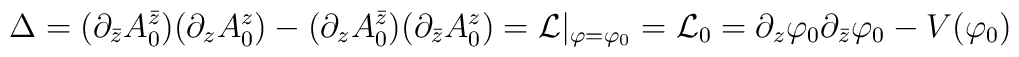
\Delta=(\partial_{\bar{z}}A_0^{\bar{z}})(\partial_zA_0^z)-(\partial_zA_0^{\bar{z}})(\partial_{\bar{z}}A_0^z)={\cal L}|_{\varphi=\varphi_0}={\cal L}_0=\partial_z\varphi_0\partial_{\bar{z}}\varphi_0-V(\varphi_0)